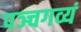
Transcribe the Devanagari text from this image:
पञ्चगव्यं